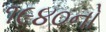
૧૯૪૦નો